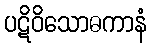
ပဋိဝိသောဓကာနံ